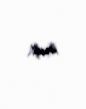
imiş.